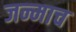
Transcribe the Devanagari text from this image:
जन्माच